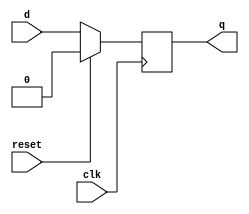
module dflipflop(q, d, clk, reset);
input d, clk, reset;
output reg q;

always@(posedge clk)
begin
	if(reset == 1'b1)
		q<=1'b0;
	else
		q<=d;
end
endmodule